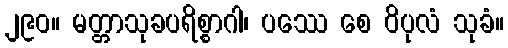
၂၉၀။ မတ္တာသုခပရိစ္စာဂါ၊ ပဿေ စေ ဝိပုလံ သုခံ။